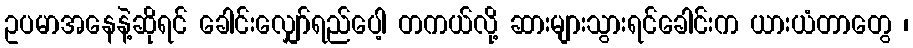
ဥပမာအနေနဲ့ဆိုရင် ခေါင်းလျှော်ရည်ပေါ့ တကယ်လို့ ဆားများသွားရင်ခေါင်းက ယားယံတာတွေ ၊